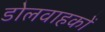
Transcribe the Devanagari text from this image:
डोलवाहकों